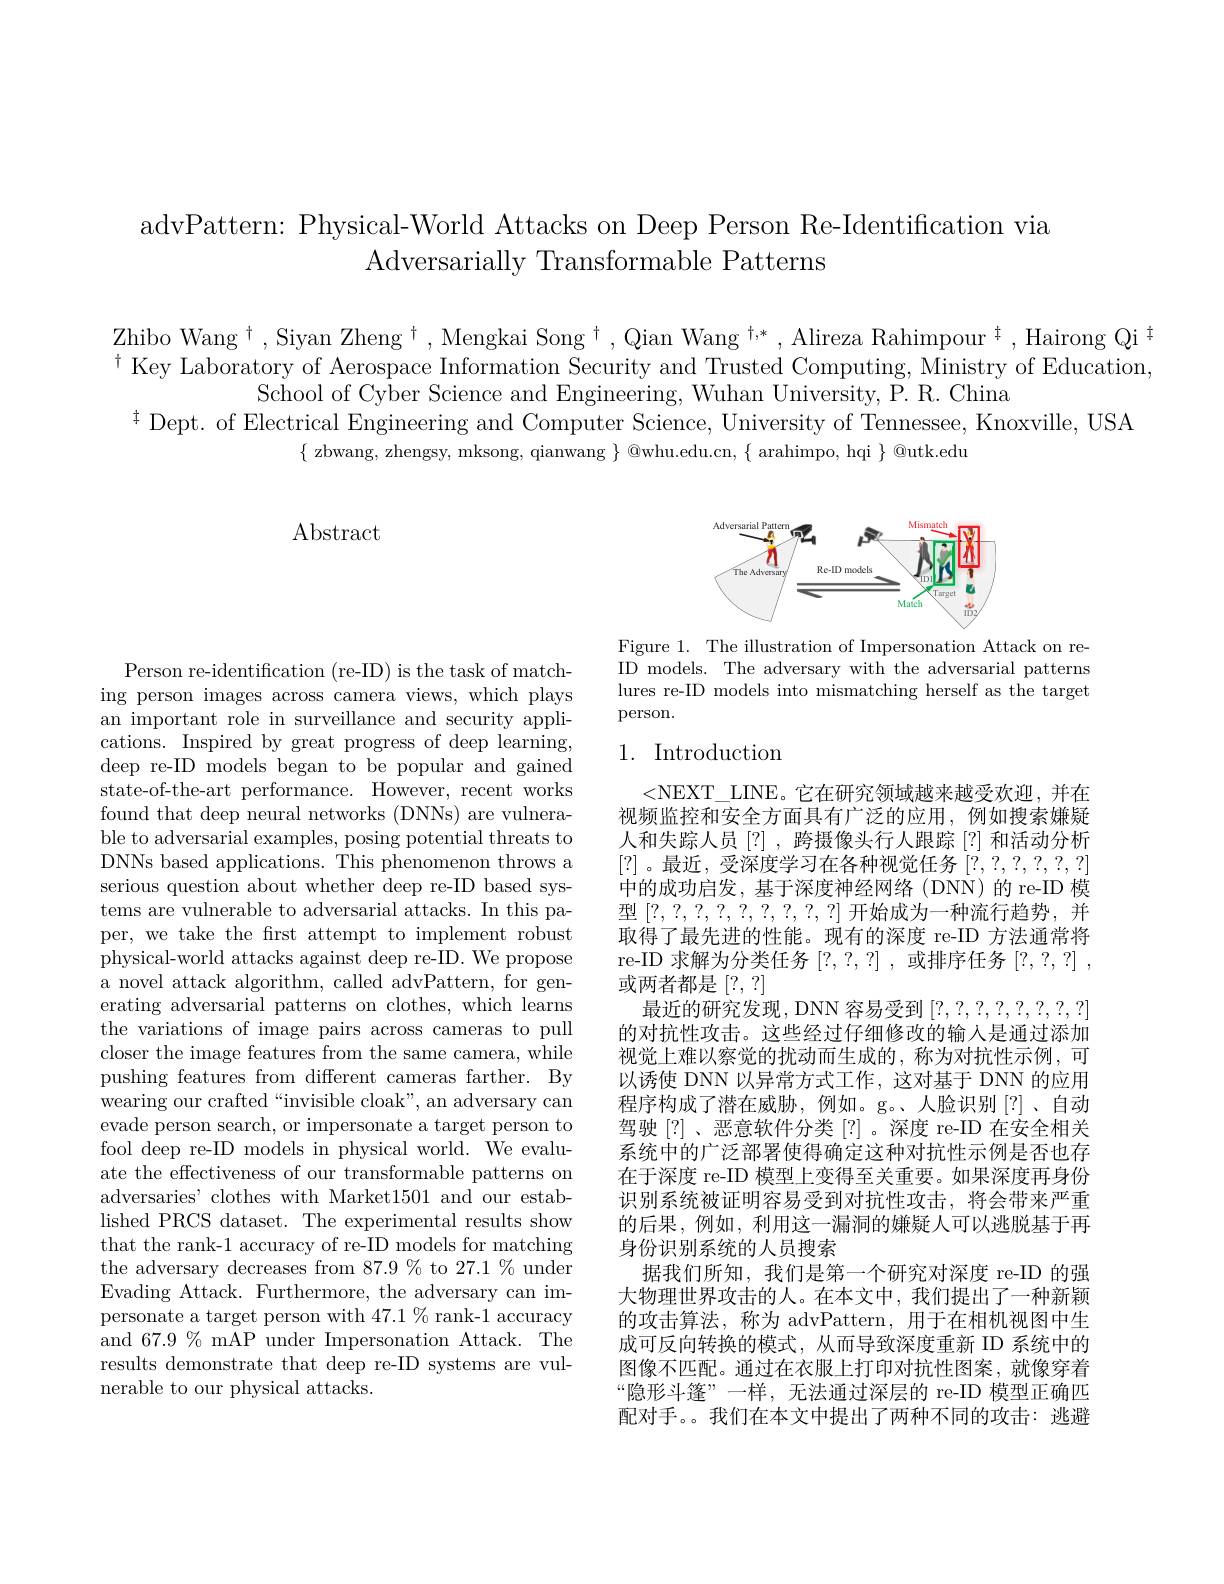
advPattern: Physical-World Attacks on Deep Person Re-Identification via
Adversarially Transformable Patterns

Zhibo Wang $^\dagger$,Siyan Zheng $^\dagger,\text{Mengkai Song}^\dagger,\text{Qian Wang }^{\dagger,*},\text{Alireza Rahimpour}^{\dagger},\text{Hairong Qi}^{\dagger}$ $^{\dagger}$ Key Laboratory of Aerospace Information Security and Trusted Computing, Ministry of Education,
School of Cyber Science and Engineering, Wuhan University, P. R. China
$^{\ddagger}$ Dept. of Electrical Engineering and Computer Science, University of Tennessee, Knoxville, USA
$\{$ zbwang, zhengsy, mksong, qianwang $\}$ @whu.edu.cn, $\{$ arahimpo, hqi $\}$ @utk.edu

Abstract

<FigureHere>

Figure 1. The illustration of Impersonation Attack on reID models. The adversary with the adversarial patterns lures re-ID models into mismatching herself as the target person.

# 1. Introduction

Person re-identification (re-ID) is the task of matching person images across camera views, which plays an important role in surveillance and security applications. Inspired by great progress of deep learning, deep re-ID models began to be popular and gained state-of-the-art performance. However, recent works found that deep neural networks (DNNs) are vulnerable to adversarial examples, posing potential threats to DNNs based applications. This phenomenon throws a serious question about whether deep re-ID based systems are vulnerable to adversarial attacks. In this paper, we take the first attempt to implement robust physical-world attacks against deep re-ID. We propose a novel attack algorithm, called advPattern, for generating adversarial patterns on clothes, which learns the variations of image pairs across cameras to pull closer the image features from the same camera, while pushing features from different cameras farther. By wearing our crafted“invisible cloak”, an adversary can evade person search, or impersonate a target person to fool deep re-ID models in physical world. We evaluate the effectiveness of our transformable patterns on adversaries' clothes with Market1501 and our established PRCS dataset. The experimental results show that the rank-1 accuracy of re-ID models for matching the adversary decreases from 87.9% to 27.1 % under Evading Attack. Furthermore, the adversary can impersonate a target person with $47.1\%$ rank-1 accuracy and 67.9% mAP under Impersonation Attack. The results demonstrate that deep re-ID systems are vulnerable to our physical attacks.

<NEXT\_LINE。它在研究领域越来越受欢迎，并在视频监控和安全方面具有广泛的应用，例如搜索嫌疑人和失踪人员[?],跨摄像头行人跟踪[?]和活动分析[?]。最近，受深度学习在各种视觉任务[?,?,?,?,?,?] 中的成功启发，基于深度神经网络(DNN)的 re-ID 模型[?,?,?,?,?,?,?,?,?,?]开始成为一种流行趋势，并取得了最先进的性能。现有的深度 re-ID 方法通常将re-ID 求解为分类任务[?,?,?] ,或排序任务[?,?,?] , 或两者都是[?, ?]
最近的研究发现，DNN 容易受到[?,?,?,?,?,?,?,?] 的对抗性攻击。这些经过仔细修改的输入是通过添加视觉上难以察觉的扰动而生成的，称为对抗性示例，可以诱使 DNN 以异常方式工作，这对基于 DNN 的应用程序构成了潜在威胁，例如。g。、人脸识别[?]、自动驾驶[?] 、恶意软件分类[?] 。深度 re-ID 在安全相关系统中的广泛部署使得确定这种对抗性示例是否也存在于深度 re-ID 模型上变得至关重要。如果深度再身份识别系统被证明容易受到对抗性攻击，将会带来严重的后果，例如，利用这一漏洞的嫌疑人可以逃脱基于再身份识别系统的人员搜索
据我们所知，我们是第一个研究对深度 re-ID 的强大物理世界攻击的人。在本文中，我们提出了一种新颖的攻击算法，称为 advPattern, 用于在相机视图中生成可反向转换的模式，从而导致深度重新 ID 系统中的图像不匹配。通过在衣服上打印对抗性图案，就像穿着“隐形斗篷”一样，无法通过深层的 re-ID 模型正确匹配对手。。我们在本文中提出了两种不同的攻击：逃避